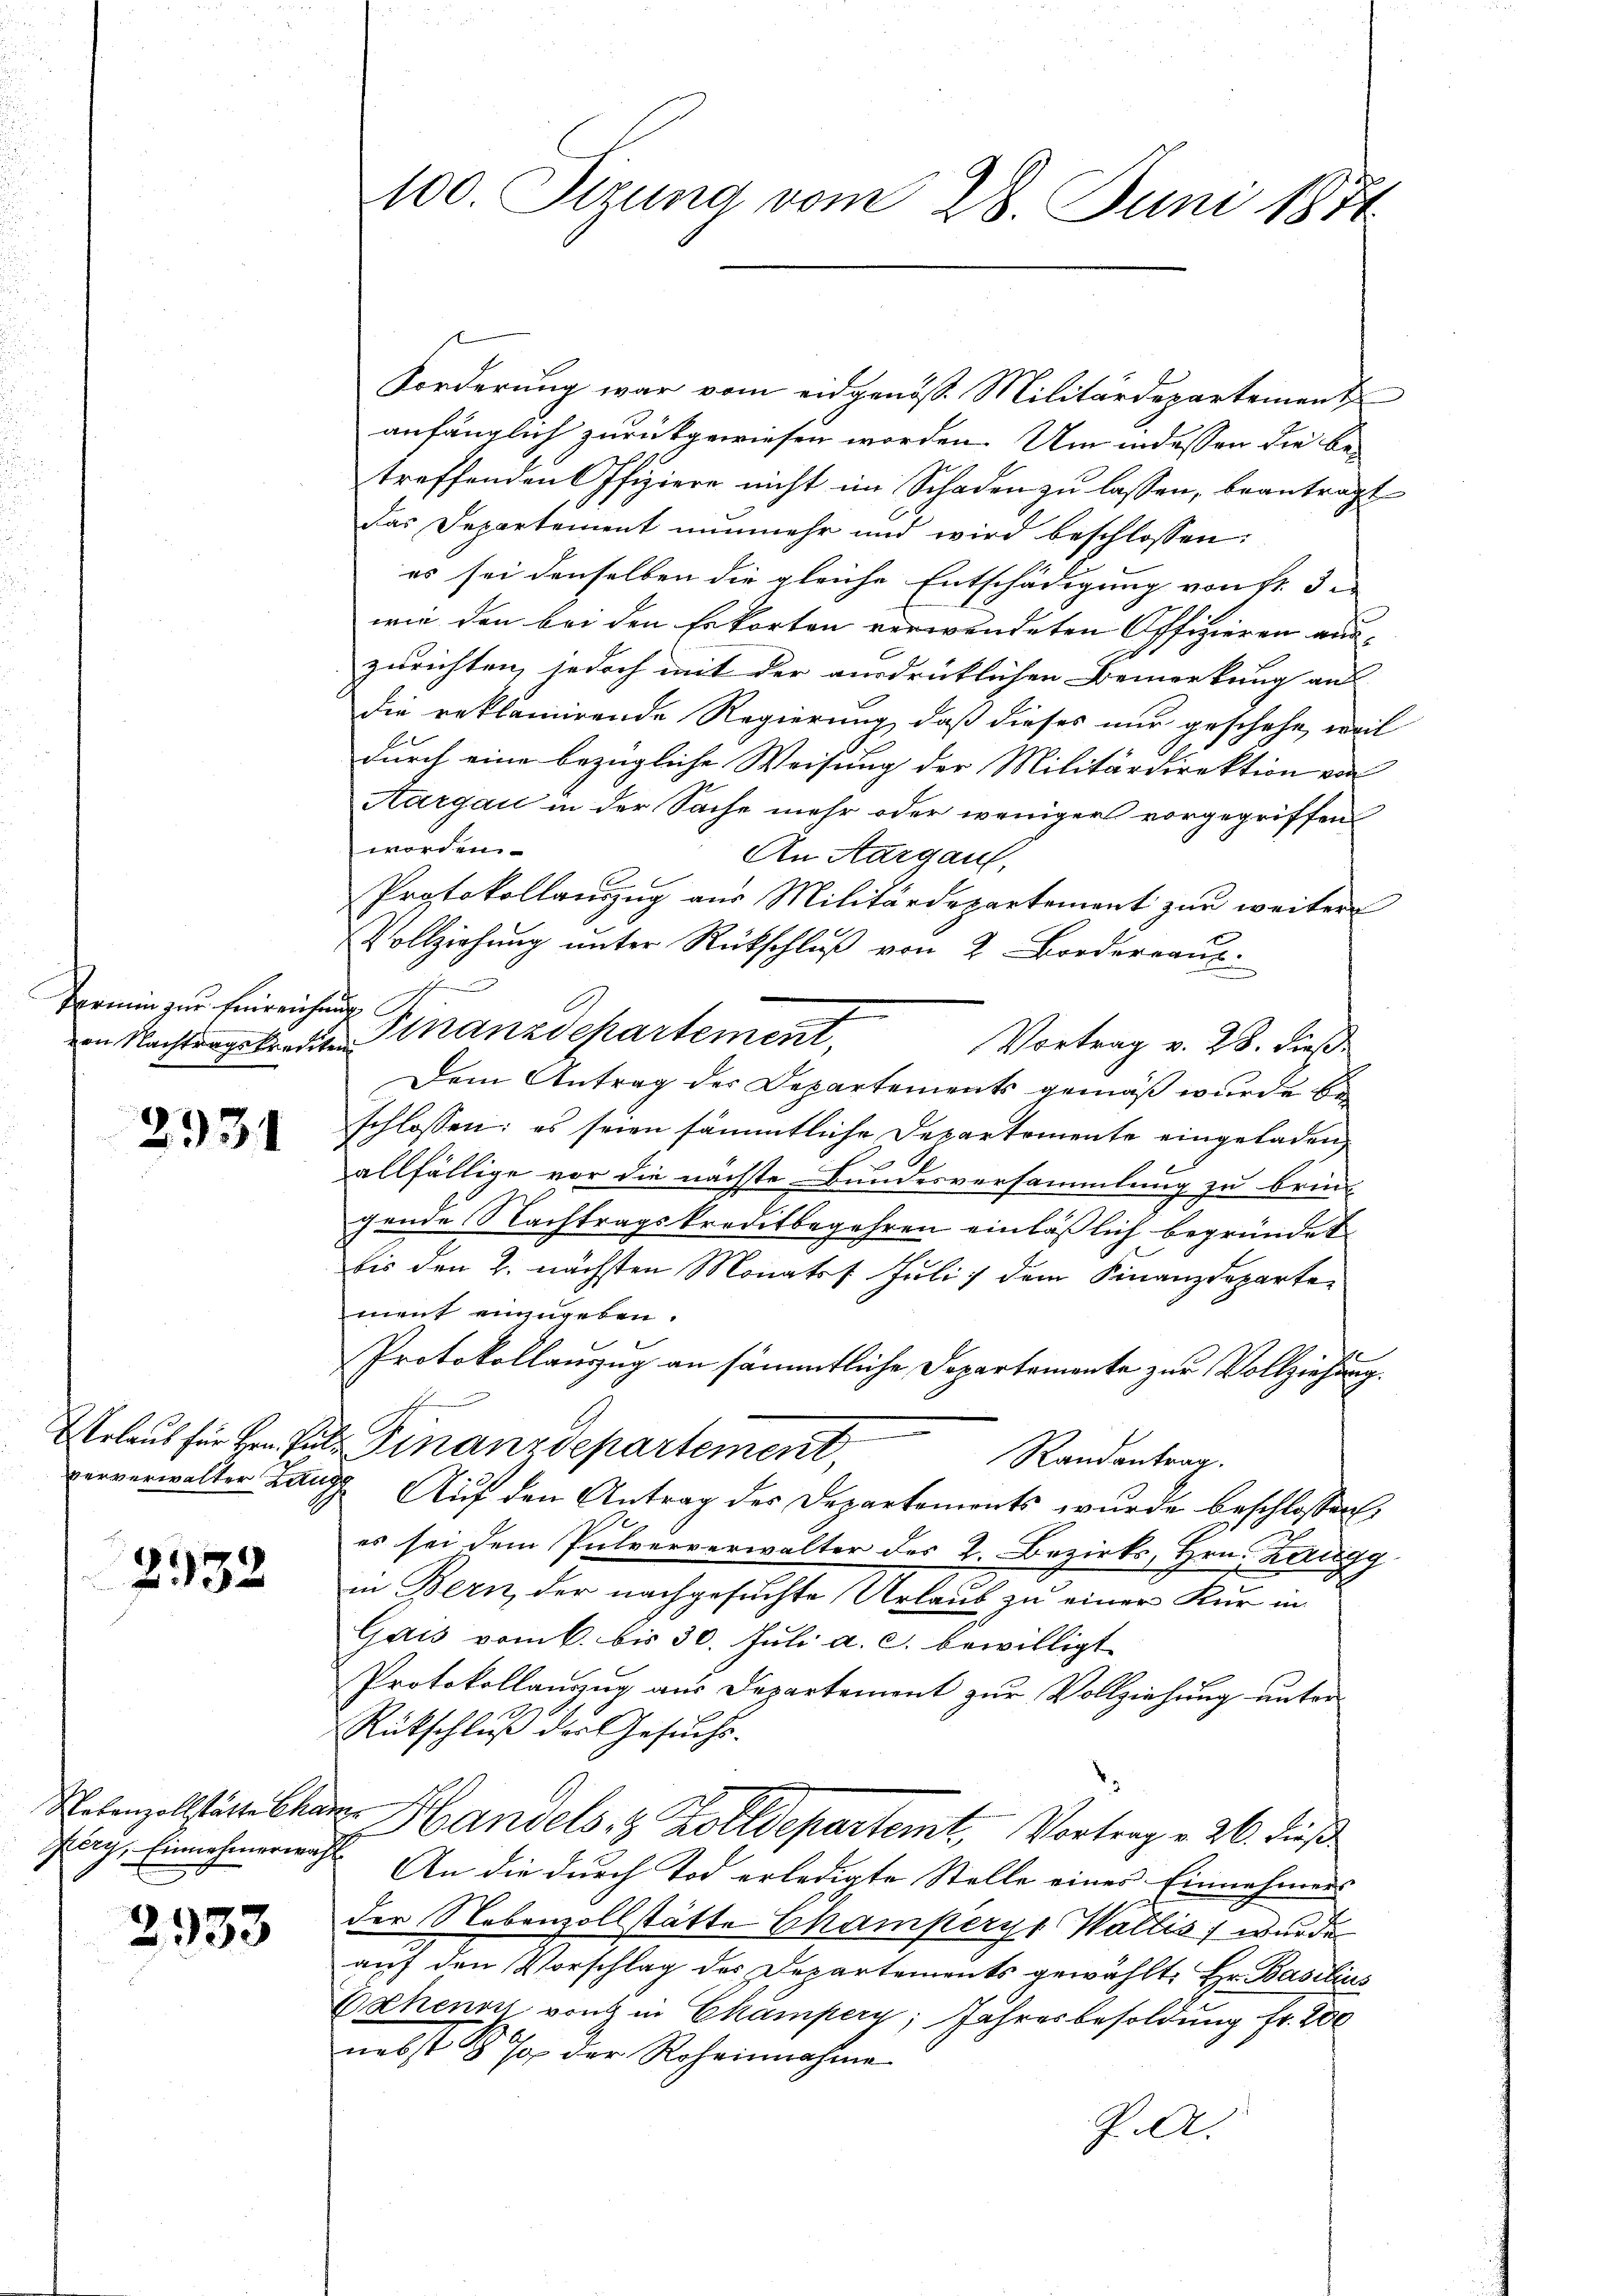
Vermin zur Einreichung

2931

Urlaub für Hrn. Pul¬

2532

Pery, Einnehmerwah

2933

100. Sizung vom 28. Juni 1871

Forderung war vom eidgenösse Militärdepartement
anfänglich zurückgewiesen worden. Um indessen die be-
treffenden Offiziere nicht im Schaden zu lassen, beantragt
Das Departement nunmehr und wird beschlossen:
es sei denselben die gleiche Entschädigung von Fr. 3.
wie den bei den Erkorten verwendeten Offizieren auszurichten, jedoch mit der ausdrücklichen Bemerkung aus
die reklamirende Regierung, daß dieses nur geschehe, weil
durch eine bezügliche Weisung der Militärdirektion von
Aargau in der Sache mehr oder weniger vorgegriffenworden.
An Aargau,
2
Protokollauszug aus Militärdepartement zur weiter
Vollziehung unter Rückschluß von 2 Broderraus
Vortrag v. 28. dieß
Dem Antrag der Departements gemäß wurde be
schlossen: es seien sämmtliche Departemente eingeladen,
allfällige vor die nächste Bundesversammlung zu brin-
gende Nachtragskreditbegehren einläßlich begründet
bis den 2. nächsten Monatsf Juli) dem Finanzdeparte
ment einzugeben.
Protokollanzug an sämmtliche Departemente zur Vollziehung.
. Finanzdepartement,
Randantrag.
ververwalter Lang Auf den Antrag der Departements wurde beschlossen:
es sei dem Pulververwalter des 2. Bezirks, Hrn. Zaugg
in Bern, der nachgesuchte Urlaub zu einer Kur in
Gais vom 6. bis 30. Juli a. c. bewilligt
Protokollanzug aus Departement zur Vollziehung unter¬
Rückschluß der Gesuchs.
Nolenzollstätte chare Handels- & Zolldepartemt, Vortrag v. 26. dieß
An die durch Tod erledigte Stelle eines Einnahmens
der Nebenzollstätte Champerys Wallis, wurde
auf den Vorschlag des Departements gewählt, Hr. Basilius
Zschenen von in Champery; Jahresbesoldung fr. 200
nebst 8. Ja der Roheinnahme
J. A.

von Nachtragskredite Finanzdepartement,